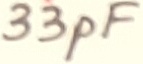
Text: 33pF